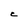
Character: C